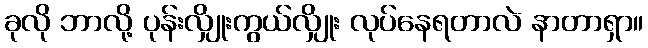
ခုလို ဘာလို့ ပုန်းလျှိုးကွယ်လျှိုး လုပ်နေရတာလဲ နာတာရှာ။